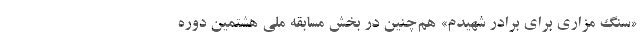
«سنگ مزاری برای برادر شهیدم» هم‌چنین در بخش مسابقه ملی هشتمین دوره